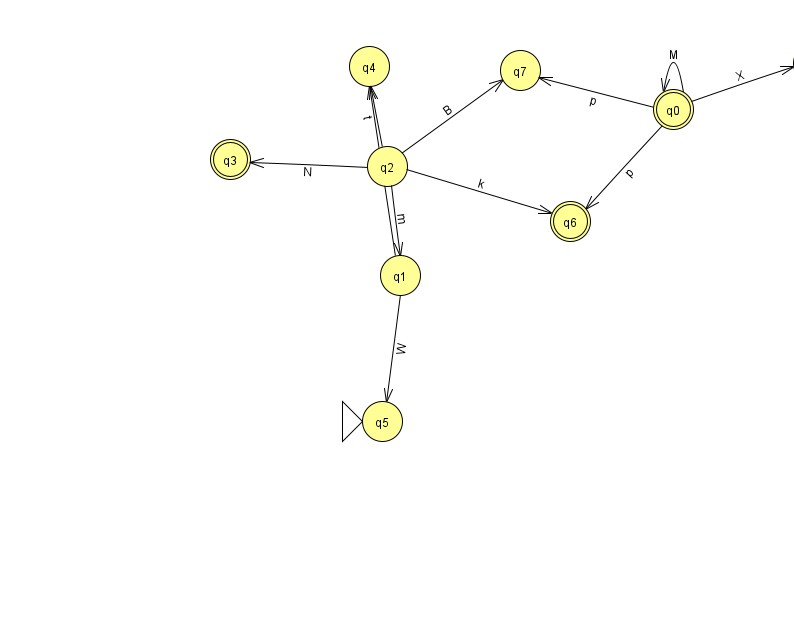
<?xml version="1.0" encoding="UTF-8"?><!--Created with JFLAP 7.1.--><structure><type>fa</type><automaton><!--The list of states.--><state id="0" name="q0"><x>673.0</x><y>96.0</y><final/></state><state id="1" name="q1"><x>400.0</x><y>262.0</y></state><state id="2" name="q2"><x>387.0</x><y>153.0</y></state><state id="3" name="q3"><x>230.0</x><y>146.0</y><final/></state><state id="4" name="q4"><x>369.0</x><y>53.0</y></state><state id="5" name="q5"><x>382.0</x><y>408.0</y><initial/></state><state id="6" name="q6"><x>570.0</x><y>208.0</y><final/></state><state id="7" name="q7"><x>520.0</x><y>57.0</y></state><state id="8" name="q8"><x>813.0</x><y>50.0</y></state><!--The list of transitions.--><transition><from>1</from><to>4</to><read>L</read></transition><transition><from>2</from><to>7</to><read>B</read></transition><transition><from>2</from><to>6</to><read>k</read></transition><transition><from>0</from><to>6</to><read>p</read></transition><transition><from>2</from><to>3</to><read>N</read></transition><transition><from>1</from><to>5</to><read>W</read></transition><transition><from>2</from><to>1</to><read>m</read></transition><transition><from>0</from><to>7</to><read>p</read></transition><transition><from>0</from><to>0</to><read>M</read></transition><transition><from>2</from><to>4</to><read>t</read></transition><transition><from>0</from><to>8</to><read>X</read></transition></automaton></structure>